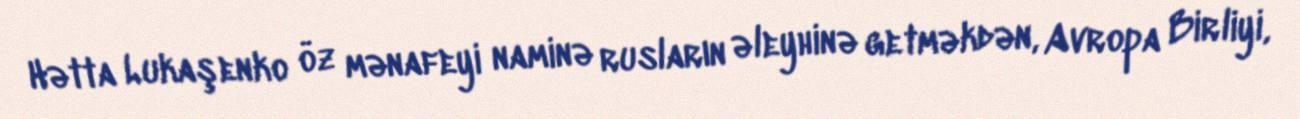
Hətta Lukaşenko öz mənafeyi naminə rusların əleyhinə getməkdən, Avropa Birliyi,